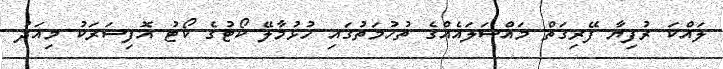
ލައްކަ ރުފިޔާ ފޭރިގަތް މައްސަލައެއްގެ ތުހުމަތުގައި ހުޅުމާލޭ ކޯޓުގެ ކޯޓު އޮފިސަރަކު މިއަދު